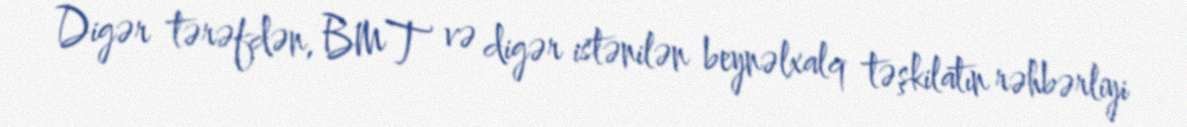
Digər tərəfdən, BMT və digər istənilən beynəlxalq təşkilatın rəhbərliyi